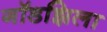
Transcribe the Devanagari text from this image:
गॉडझिला